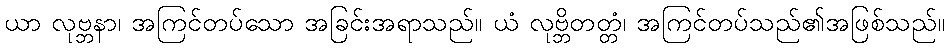
ယာ လုဗ္ဘနာ၊ အကြင်တပ်သော အခြင်းအရာသည်။ ယံ လုဗ္ဘိတတ္တံ၊ အကြင်တပ်သည်၏အဖြစ်သည်။